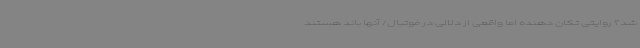
شد؟ روایتی تکان‌ دهنده اما واقعی از دلالی در فوتبال/ آنها باند هستند